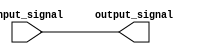
module push_pull_buffer (
    input wire input_signal,
    output reg output_signal
);

assign output_signal = input_signal;

endmodule